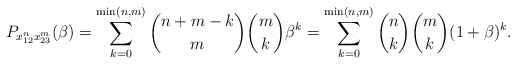
\begin{gather*}P_{x_{12}^n x_{23}^m}(\beta)= \sum_{k=0}^{\min(n,m)} {n+m-k\choose m} {m \choose k} \beta^k = \sum_{k=0}^{\min(n,m)} {n \choose k}{m \choose k} (1 +\beta)^k.\end{gather*}